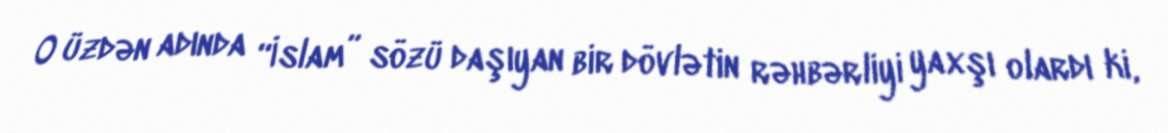
O üzdən adında “İslam” sözü daşıyan bir dövlətin rəhbərliyi yaxşı olardı ki,